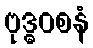
ဗုဒ္ဓဝစနံ